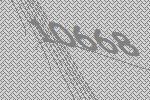
10668